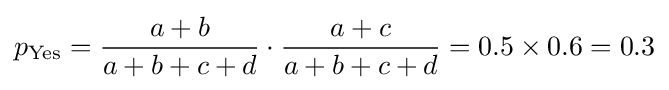
p_{\text{Yes}}={\frac {a+b}{a+b+c+d}}\cdot {\frac {a+c}{a+b+c+d}}=0.5\times 0.6=0.3